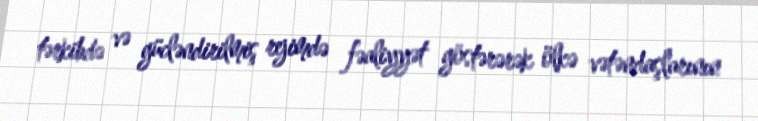
tərkibdə və gücləndirilmiş rejimdə fəaliyyət göstərərək ölkə vətəndaşlarının